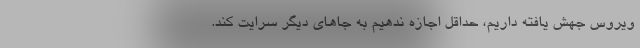
ویروس جهش یافته داریم، حداقل اجازه ندهیم به جاهای دیگر سرایت کند.